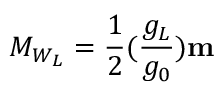
M _ { W _ { L } } = \frac { 1 } { 2 } ( \frac { g _ { L } } { g _ { 0 } } ) \mathbf { m }